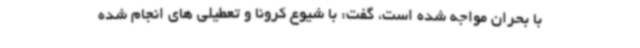
با بحران مواجه شده است، گفت: با شیوع کرونا و تعطیلی های انجام شده